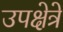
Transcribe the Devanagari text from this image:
उपक्षेत्रे